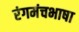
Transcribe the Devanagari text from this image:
रंगमंचभाषा